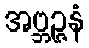
အဗ္ဘဉ္ဇနံ